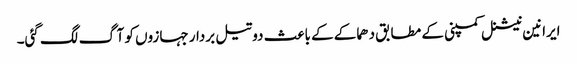
ایرانین نیشنل کمپنی کے مطابق دھماکے کے باعث دو تیل بردار جہازوں کو آگ لگ گئی۔